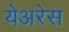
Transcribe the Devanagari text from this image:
येअरेस